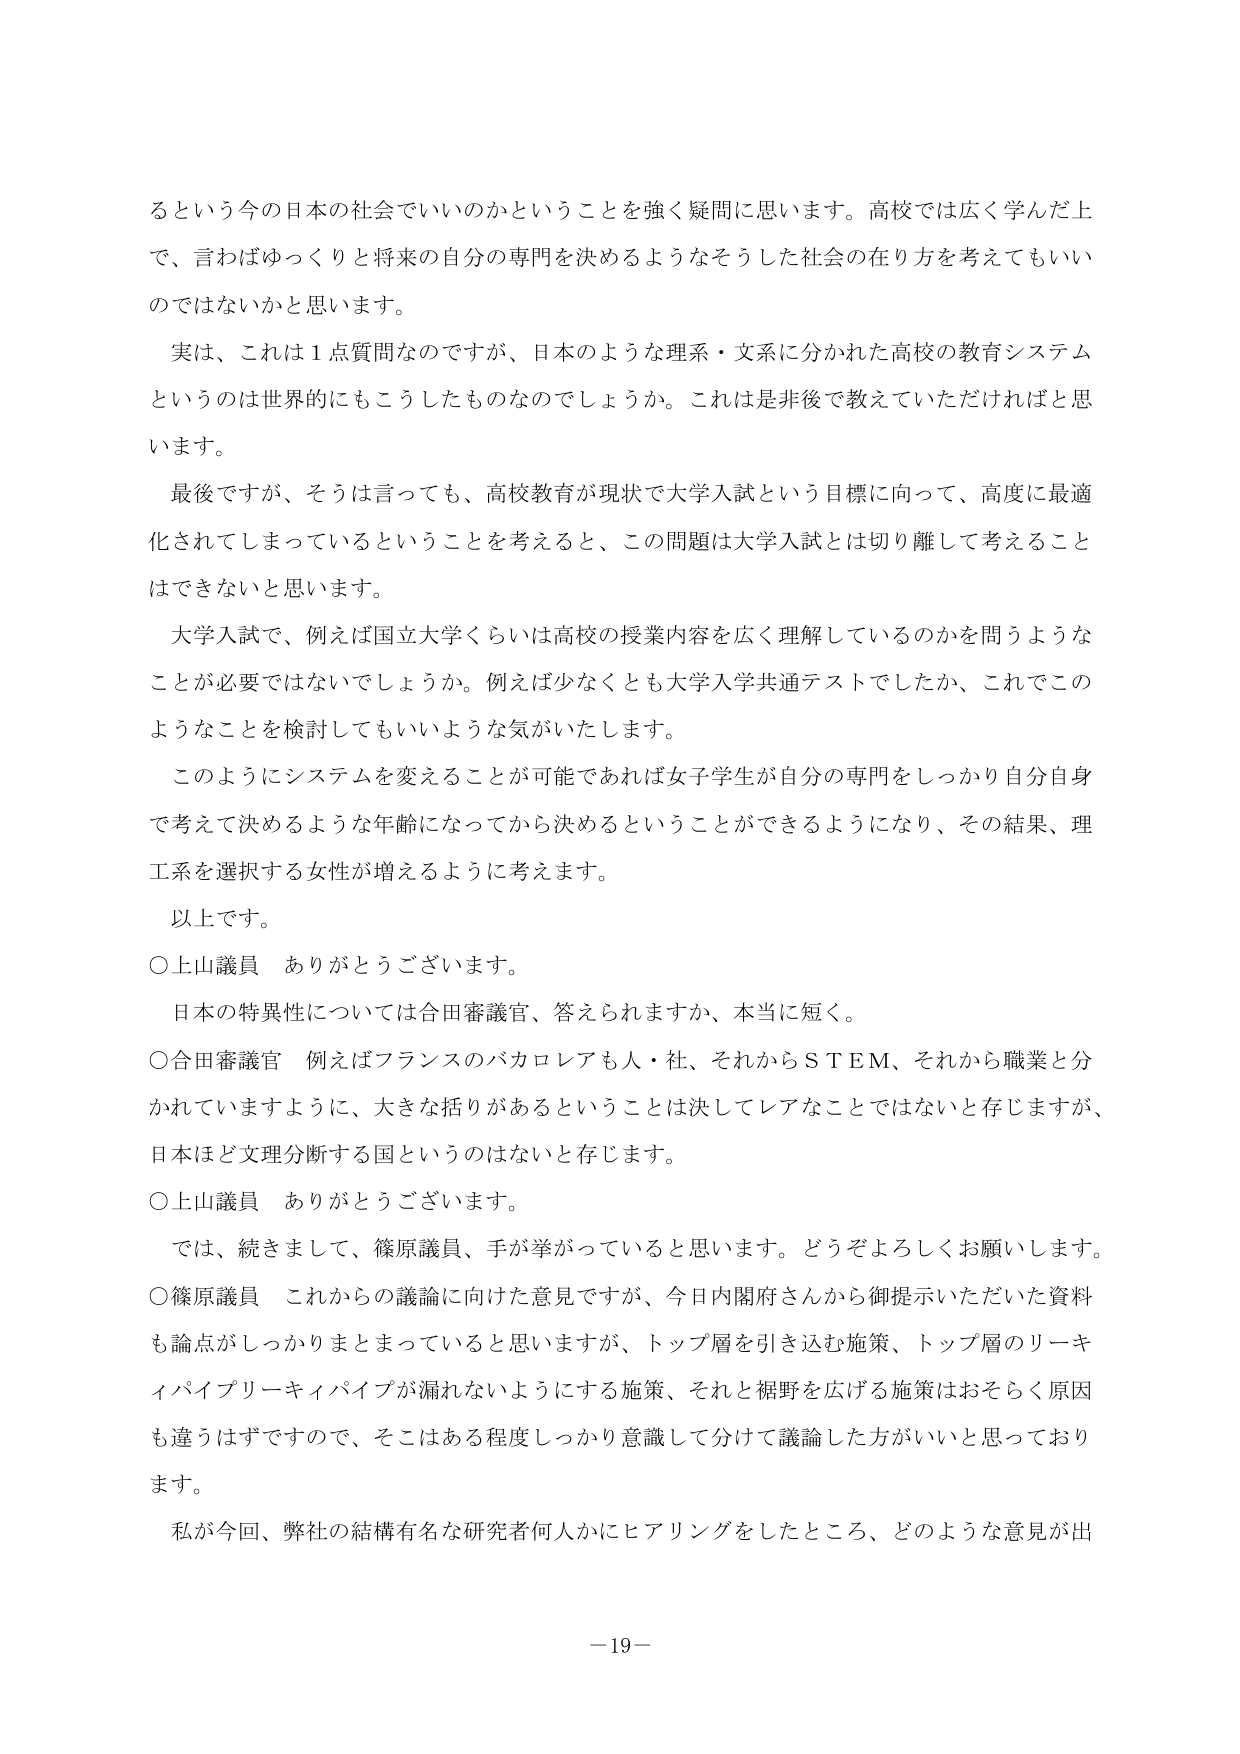
るという今の日本の社会でいいのかということを強く疑問に思います。高校では広く学んだ上で、言わばゆっくりと将来の自分の専門を決めるようなそうした社会の在り方を考えてもいいのではないかと思います。

実は、これは１点質問なのですが、日本のような理系・文系に分かれた高校の教育システムというのは世界的にもこうしたものなのでしょうか。これは是非後で教えていただければと思います。

最後ですが、そうは言っても、高校教育が現状で大学入試という目標に向って、高度に最適化されてしまっているということを考えると、この問題は大学入試とは切り離して考えることはできないと思います。

大学入試で、例えば国立大学くらいは高校の授業内容を広く理解しているのかを問うようなことが必要ではないでしょうか。例えば少なくとも大学入学共通テストでしたか、これでこのようなことを検討してもいいような気がいたします。

このようにシステムを変えることが可能であれば女子学生が自分の専門をしっかり自分自身で考えて決めるような年齢になってから決めるということができるようになり、その結果、理工系を選択する女性が増えるように考えます。

以上です。

○上山議員　ありがとうございます。

日本の特異性については合田審議官、答えられますか、本当に短く。

○合田審議官　例えばフランスのバカロレアも人・社、それからＳＴＥＭ、それから職業と分かれていますように、大きな括りがあるということは決してレアなことではないと存じますが、日本ほど文理分断する国というのはないと存じます。

○上山議員　ありがとうございます。

では、続きまして、篠原議員、手が挙がっていると思います。どうぞよろしくお願いします。

○篠原議員　これからの議論に向けた意見ですが、今日内閣府さんから御提示いただいた資料も論点がしっかりまとまっていると思いますが、トップ層を引き込む施策、トップ層のリーキィパイプリーキィパイプが漏れないようにする施策、それと裾野を広げる施策はおそらく原因も違うはずですので、そこはある程度しっかり意識して分けて議論した方がいいと思っております。

私が今回、弊社の結構有名な研究者何人かにヒアリングをしたところ、どのような意見が出

－19－